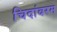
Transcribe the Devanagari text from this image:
चिदांबरम